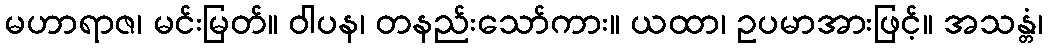
မဟာရာဇ၊ မင်းမြတ်။ ဝါပန၊ တနည်းသော်ကား။ ယထာ၊ ဥပမာအားဖြင့်။ အသန္တံ၊